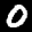
Label: 0